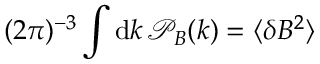
( 2 \pi ) ^ { - 3 } \int \mathrm { d } \boldsymbol { k } \, \mathcal P _ { B } ( \boldsymbol { k } ) = \langle \delta B ^ { 2 } \rangle